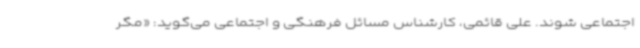
اجتماعی شوند. علی قائمی، کارشناس مسائل فرهنگی و اجتماعی می‌گوید: «مگر